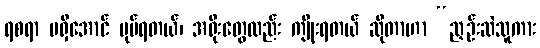
ရစရာ မရှိအောင် ပုပ်ရတယ်၊ အရိုးတွေလည်း ကျိုးရတယ် ဆိုတာဟာ “ညှဉ်းဆဲသူကား